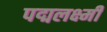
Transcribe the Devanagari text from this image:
पद्मलक्ष्मी